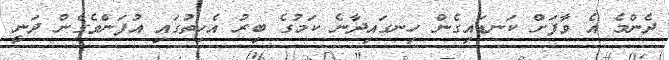
ދެންމެ އެ ވާފަށް ކަނޑައިގެން ހިނގައިދާނެ ކަމުގެ ބިރު އެހިތުގައި އުފަންވެގެން ދަނީ